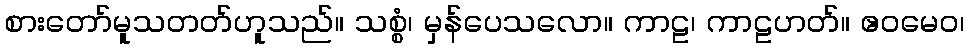
စားတော်မူသတတ်ဟူသည်။ သစ္စံ၊ မှန်ပေသလော။ ကာဠ၊ ကာဠဟတ်။ ဧဝမေဝ၊